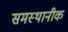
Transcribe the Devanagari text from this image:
समस्थानीक